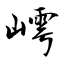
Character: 嶀